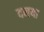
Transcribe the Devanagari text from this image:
दनया